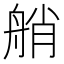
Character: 艄